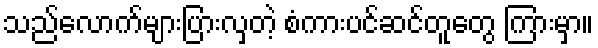
သည်လောက်များပြားလှတဲ့ စံကားပင်ဆင်တူတွေ ကြားမှာ။